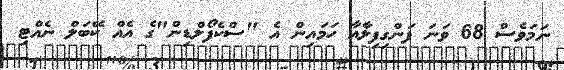
ނަމަވެސް 68 ވަނަ ފަންގިފިލާއާ ހަމައިން އެ "ސްކެފޯލްޑިން"ގެ އެއް ކޭބަލް ނެއްޓި